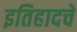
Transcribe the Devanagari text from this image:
इतिहादचे